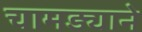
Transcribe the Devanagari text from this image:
चामड्याने